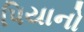
પિયાનો